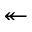
\twoheadleftarrow